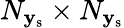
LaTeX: N_{\mathbf{y}_{\mathrm{s}}}\times N_{\mathbf{y}_{\mathrm{s}}}